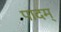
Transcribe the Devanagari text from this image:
पादम्